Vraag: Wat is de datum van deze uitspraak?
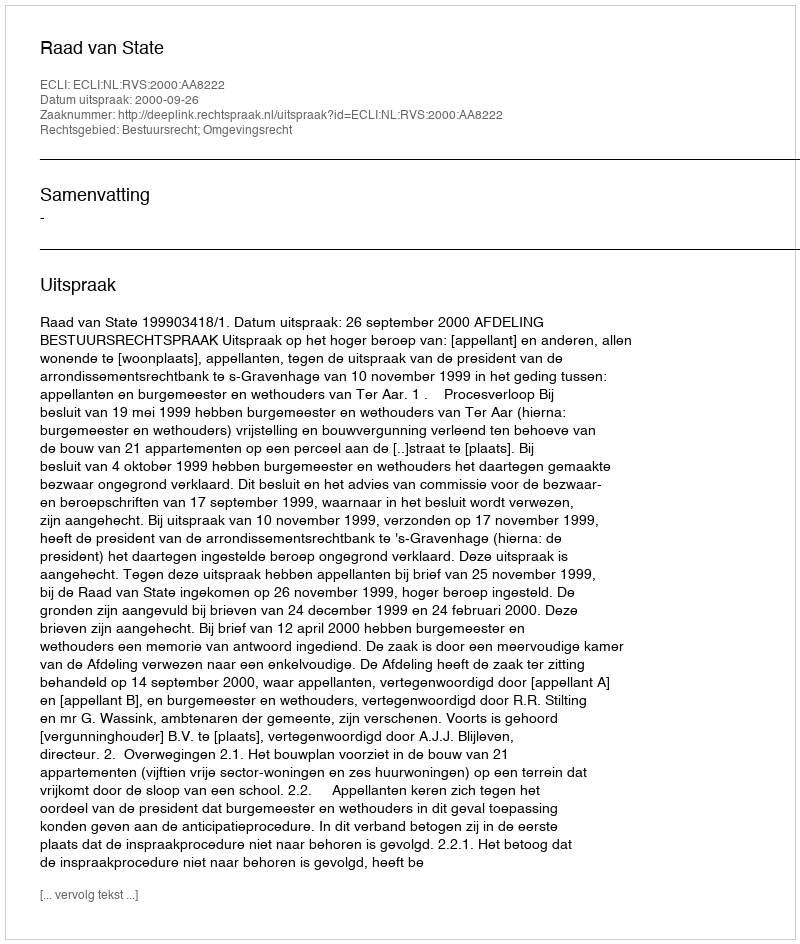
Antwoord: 2000-09-26